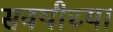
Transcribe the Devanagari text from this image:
सवयीच्या